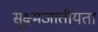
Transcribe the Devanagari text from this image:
सूक्ष्मजातीयता